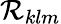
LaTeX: {\cal R}_{klm}